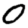
Digit: 0